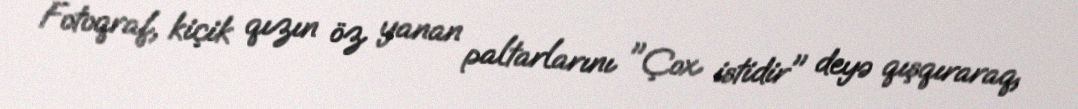
Fotoqraf, kiçik qızın öz yanan paltarlarını "Çox istidir" deyə qışqıraraq,